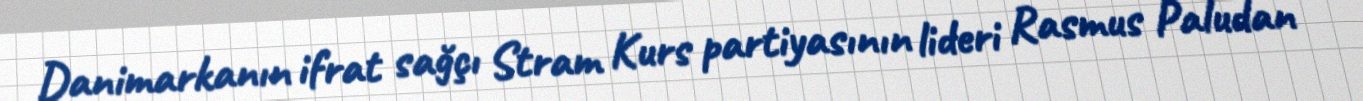
Danimarkanın ifrat sağçı Stram Kurs partiyasının lideri Rasmus Paludan